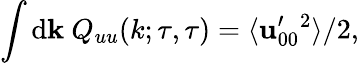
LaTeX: \int\mathrm{d}{\mathbf{{k}}}\ Q_{uu}(k;\tau,\tau)=\langle{{\mathbf{{u}}}_{00}^{\prime}{}^{2}}\rangle/2,